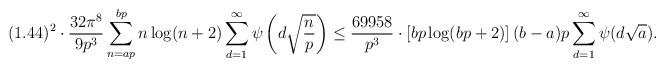
LaTeX: \begin{align*}(1.44)^{2} \cdot \frac{32 \pi^{8}}{9p^{3}} \sum_{n=ap}^{bp}n \log(n+2) \sum_{d=1}^{\infty} \psi\left(d \sqrt{\frac{n}{p}}\right)\leq \frac{69958}{p^{3}} \cdot \left[bp \log(bp+2)\right] (b-a)p \sum_{d=1}^{\infty} \psi(d \sqrt{a}).\end{align*}